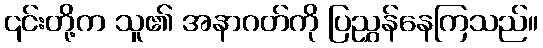
၎င်းတို့က သူ၏ အနာဂတ်ကို ပြညွှန်နေကြသည်။